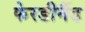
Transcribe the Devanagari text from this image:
फेरडीनैंड